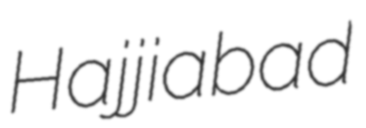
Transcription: Hajjiabad